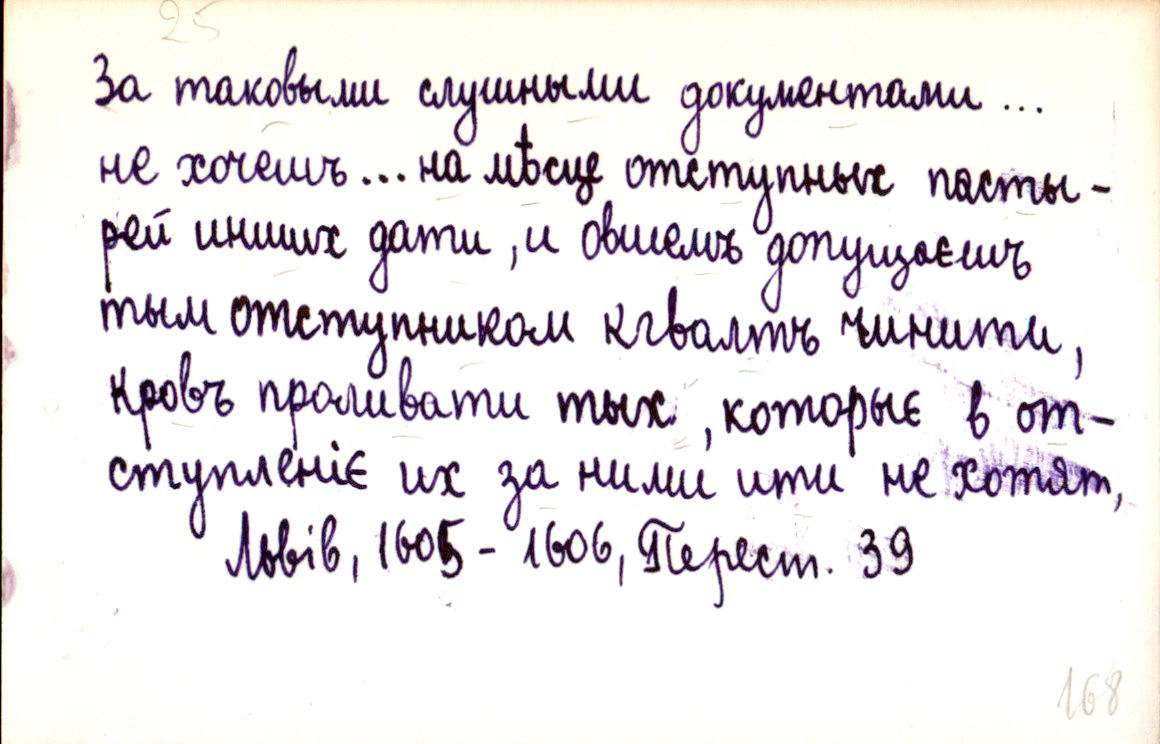
За таковыми слушными документами…
не хочешъ… на мѣсцє отступных пасты-
рей инших дати, и овшемъ допущаєшъ
тым отступником кгвалтъ чинити,
кровъ проливати тых, которыє в от-
ступленіє их за ними ити не хотят,
Львів, 1605-1606, Перест. 39